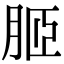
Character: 𦚟